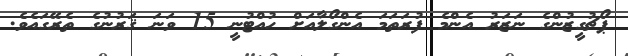
ޕޯޗުގީޒުންގެ ނަޒަރު އެންމެ ފުރަތަމަ އެންގޯލާއަށް ހުއްޓުނީ 15 ވަނަ ޤަރުނުގެ ތެރޭގައެވެ.